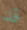
قد